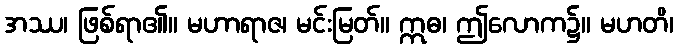
အဿ၊ ဖြစ်ရာ၏။ မဟာရာဇ၊ မင်းမြတ်။ ဣဓ၊ ဤလောက၌။ မဟတိ၊